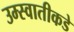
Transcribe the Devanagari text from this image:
उम्स्वातीकडे